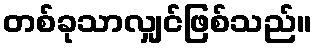
တစ်ခုသာလျှင်ဖြစ်သည်။